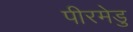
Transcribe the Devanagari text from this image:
पीरमेडु